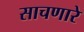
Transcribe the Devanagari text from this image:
साचणारे